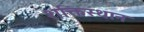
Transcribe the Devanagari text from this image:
शक्तिस्थान